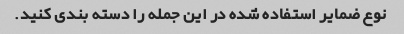
نوع ضمایر استفاده شده در این جمله را دسته بندی کنید.